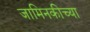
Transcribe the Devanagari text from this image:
जामिनकीच्या